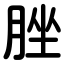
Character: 脞